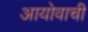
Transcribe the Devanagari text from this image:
आयोवाची